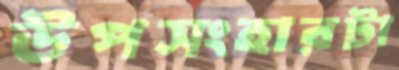
উপসংহারটা